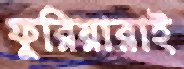
ফুরিয়ারাই